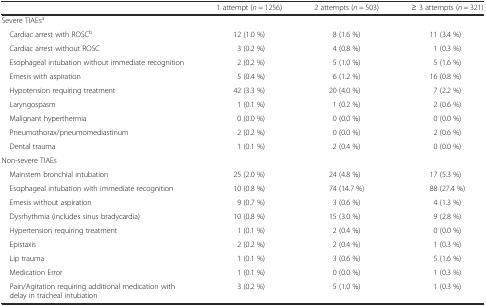
<table><thead><tr><td></td><td><b>1 attempt (<i>n</i> = 1256)</b></td><td><b>2 attempts (<i>n</i> = 503)</b></td><td><b>≥ 3 attempts (<i>n</i> = 321)</b></td></tr></thead><tbody><tr><td colspan="4">Severe TIAEs<sup>a</sup></td></tr><tr><td> Cardiac arrest with ROSC<sup>b</sup></td><td>12 (1.0 %)</td><td>8 (1.6 %)</td><td>11 (3.4 %)</td></tr><tr><td> Cardiac arrest without ROSC</td><td>3 (0.2 %)</td><td>4 (0.8 %)</td><td>1 (0.3 %)</td></tr><tr><td> Esophageal intubation without immediate recognition</td><td>2 (0.2 %)</td><td>5 (1.0 %)</td><td>5 (1.6 %)</td></tr><tr><td> Emesis with aspiration</td><td>5 (0.4 %)</td><td>6 (1.2 %)</td><td>16 (0.8 %)</td></tr><tr><td> Hypotension requiring treatment</td><td>42 (3.3 %)</td><td>20 (4.0 %)</td><td>7 (2.2 %)</td></tr><tr><td> Laryngospasm</td><td>1 (0.1 %)</td><td>1 (0.2 %)</td><td>2 (0.6 %)</td></tr><tr><td> Malignant hyperthermia</td><td>0 (0.0 %)</td><td>0 (0.0 %)</td><td>0 (0.0 %)</td></tr><tr><td> Pneumothorax/pneumomediastinum</td><td>2 (0.2 %)</td><td>0 (0.0 %)</td><td>2 (0.6 %)</td></tr><tr><td> Dental trauma</td><td>1 (0.1 %)</td><td>2 (0.4 %)</td><td>0 (0.0 %)</td></tr><tr><td colspan="4">Non-severe TIAEs</td></tr><tr><td> Mainstem bronchial intubation</td><td>25 (2.0 %)</td><td>24 (4.8 %)</td><td>17 (5.3 %)</td></tr><tr><td> Esophageal intubation with immediate recognition</td><td>10 (0.8 %)</td><td>74 (14.7 %)</td><td>88 (27.4 %)</td></tr><tr><td> Emesis without aspiration</td><td>9 (0.7 %)</td><td>3 (0.6 %)</td><td>4 (1.3 %)</td></tr><tr><td> Dysrhythmia (includes sinus bradycardia)</td><td>10 (0.8 %)</td><td>15 (3.0 %)</td><td>9 (2.8 %)</td></tr><tr><td> Hypertension requiring treatment</td><td>1 (0.1 %)</td><td>2 (0.4 %)</td><td>0 (0.0 %)</td></tr><tr><td> Epistaxis</td><td>2 (0.2 %)</td><td>2 (0.4 %)</td><td>1 (0.3 %)</td></tr><tr><td> Lip trauma</td><td>1 (0.1 %)</td><td>3 (0.6 %)</td><td>5 (1.6 %)</td></tr><tr><td> Medication Error</td><td>1 (0.1 %)</td><td>0 (0.0 %)</td><td>1 (0.3 %)</td></tr><tr><td> Pain/Agitation requiring additional medication with delay in tracheal intubation</td><td>3 (0.2 %)</td><td>5 (1.0 %)</td><td>1 (0.3 %)</td></tr></tbody></table>